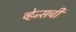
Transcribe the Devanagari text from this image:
व्हेन्सची